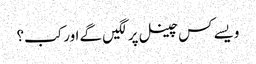
ویسے کس چینل پر لگیں گے اور کب؟